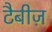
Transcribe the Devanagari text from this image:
टैबीज़